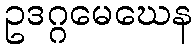
ဥဒဂ္ဂမေဃေန